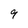
Character: 9